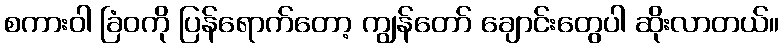
စကားဝါ ခြံဝကို ပြန်ရောက်တော့ ကျွန်တော် ချောင်းတွေပါ ဆိုးလာတယ်။